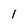
Character: l